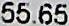
55.65